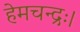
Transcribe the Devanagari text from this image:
हेमचन्द्रः।